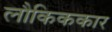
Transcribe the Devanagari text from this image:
लौकिककार